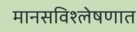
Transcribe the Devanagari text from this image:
मानसविश्लेषणात